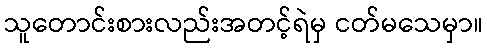
သူတောင်းစားလည်းအတင့်ရဲမှ ငတ်မသေမှာ။